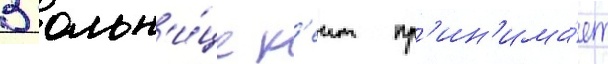
В больн'и́це к'еит пр'ин'има́ет